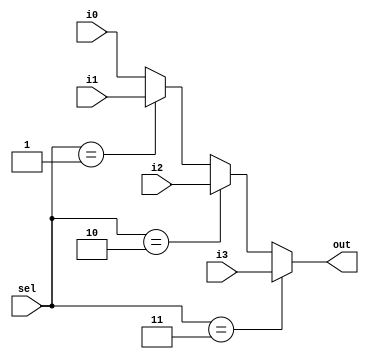
module mux32four(i0,i1,i2,i3,sel,out);
	input [31:0] i0,i1,i2,i3;
	input [1:0] sel;
	output [31:0] out;
	
	assign out = (sel==2'b11) ? i3 : 
                 (sel==2'b10) ? i2 :
                 (sel==2'b01) ? i1 :   
                 i0;	

endmodule